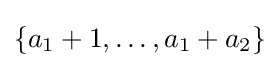
\{a_{1}+1,\ldots ,a_{1}+a_{2}\}